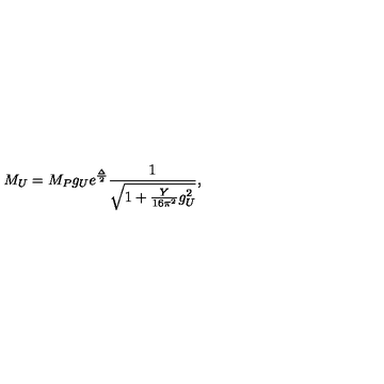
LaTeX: M _ { U } = M _ { P } g _ { U } e ^ { \frac { \Delta } { 2 } } \frac { 1 } { \sqrt { 1 + \frac { Y } { 1 6 \pi ^ { 2 } } g _ { U } ^ { 2 } } } ,